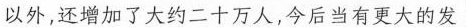
以外，还增加了大约二十万人，今后当有更大的友